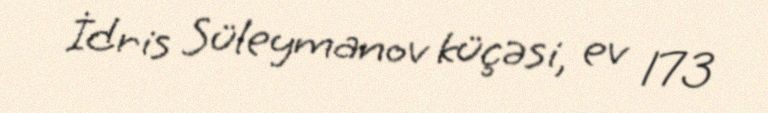
İdris Süleymanov küçəsi, ev 173